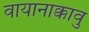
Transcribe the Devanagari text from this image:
वायानाक्कावु